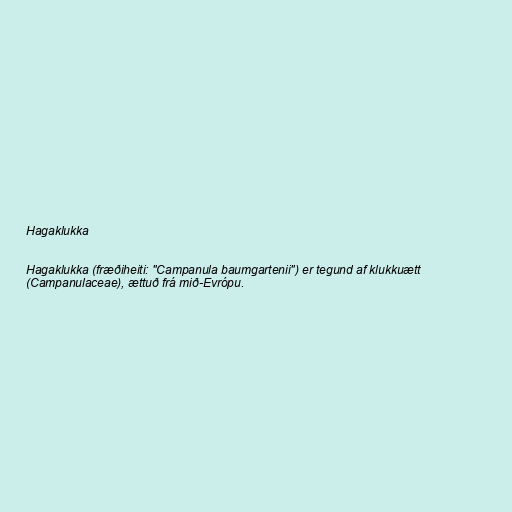
Hagaklukka

Hagaklukka (fræðiheiti: "Campanula baumgartenii") er tegund af klukkuætt
(Campanulaceae), ættuð frá mið-Evrópu.